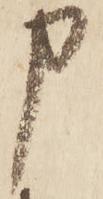
申